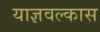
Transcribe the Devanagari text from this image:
याज्ञवल्कास